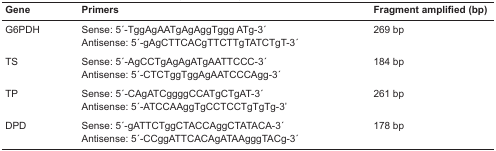
| Gene | Primers | Fragment amplified (bp) |
 | --- | --- | --- |
 | G6PDH | Sense: 5′-TggAgAATgAgAggTggg ATg-3′Antisense: 5′-gAgCTTCACgTTCTTgTATCTgT-3′ | 269 bp |
 | TS | Sense: 5′-AgCCTgAgAgATgAATTCCC-3′Antisense: 5′-CTCTggTggAgAATCCCAgg-3′ | 184 bp |
 | TP | Sense: 5′-CAgATCggggCCATgCTgAT-3′Antisense: 5′-ATCCAAggTgCCTCCTgTgTg-3′ | 261 bp |
 | DPD | Sense: 5′-gATTCTggCTACCAggCTATACA-3′Antisense: 5′-CCggATTCACAgATAAgggTACg-3′ | 178 bp |